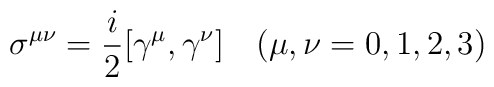
\sigma^{\mu\nu}=\frac{i}{2}[\gamma^{\mu},\gamma^{\nu}]\quad (\mu,\nu=0,1,2,3)